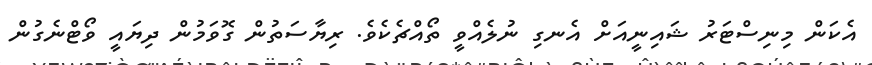
އެކަން މިނިސްޓަރު ޝައިނީއަށް އެނގި ނުލެއްވީ ތޯއްޗެކެވެ. ރިޔާސަތުން ގޮވަމުން ދިޔައީ ވޯޓްނެގުން